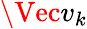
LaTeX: \Vec{v}_{k}